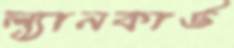
ল্যানকার্ড